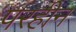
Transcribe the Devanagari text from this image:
परहीन